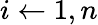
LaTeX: i\leftarrow 1,n